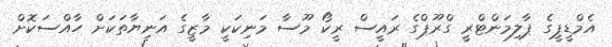
އެމްޑީޕީގެ ޕާލިމަންޓްރީ ގްރޫޕްގެ ރައީސް ރީކޯ މޫސާ މަނިކަކީ މާޒީގެ އަނިޔާތަކަށް ހާއްސަކޮށް